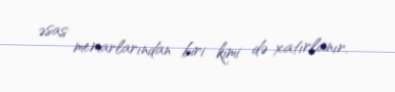
əsas memarlarından biri kimi də xatırlanır.